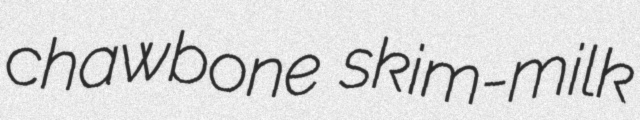
chawbone skim-milk